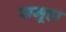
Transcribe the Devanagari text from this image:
समूहा